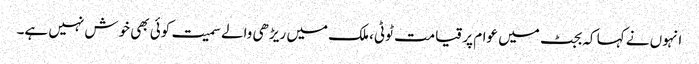
انہوں نے کہا کہ بجٹ میں عوام پر قیامت ٹوٹی، ملک میں ریڑھی والے سمیت کوئی بھی خوش نہیں ہے۔